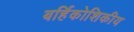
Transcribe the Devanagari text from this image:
बर्हिकोशिकीय